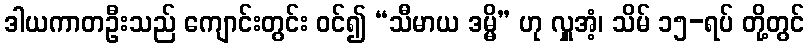
ဒါယကာတဦးသည် ကျောင်းတွင်း ဝင်၍ “သီမာယ ဒမ္မိ” ဟု လှူအံ့၊ သိမ် ၁၅-ရပ် တို့တွင်